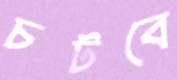
চটবে